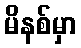
မိနစ်မှာ